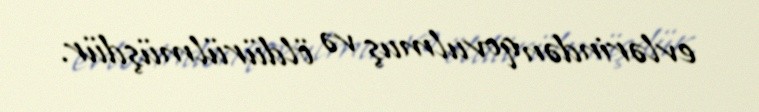
evlərindən qovulmuş və öldürülmüşdür.